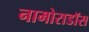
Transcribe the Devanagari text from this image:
नामोराडॉस